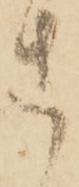
さ